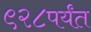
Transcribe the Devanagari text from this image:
९२८पर्यंत